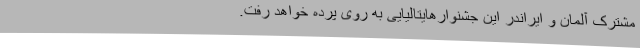
مشترک آلمان و ایراندر این جشنوارهایتالیایی به روی پرده خواهد رفت.